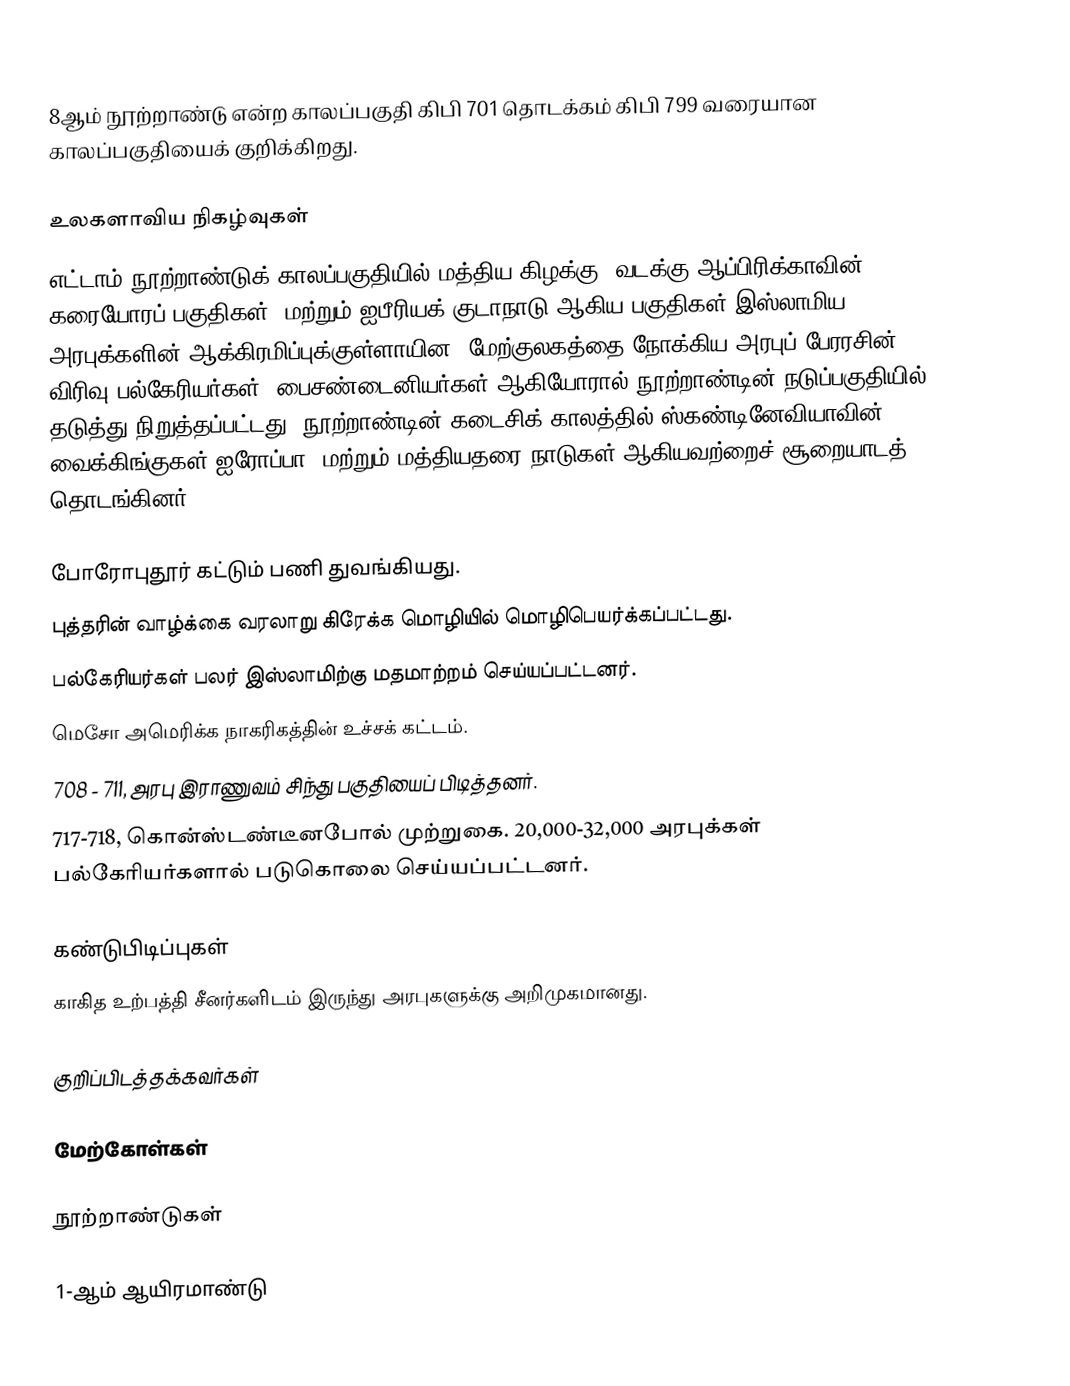
8ஆம் நூற்றாண்டு என்ற காலப்பகுதி கிபி 701 தொடக்கம் கிபி 799 வரையான காலப்பகுதியைக் குறிக்கிறது.

உலகளாவிய நிகழ்வுகள்
எட்டாம் நூற்றாண்டுக் காலப்பகுதியில் மத்திய கிழக்கு, வடக்கு ஆப்பிரிக்காவின் கரையோரப் பகுதிகள், மற்றும் ஐபீரியக் குடாநாடு ஆகிய பகுதிகள் இஸ்லாமிய அரபுக்களின் ஆக்கிரமிப்புக்குள்ளாயின. மேற்குலகத்தை நோக்கிய அரபுப் பேரரசின் விரிவு பல்கேரியர்கள், பைசண்டைனியர்கள் ஆகியோரால் நூற்றாண்டின் நடுப்பகுதியில் தடுத்து நிறுத்தப்பட்டது. நூற்றாண்டின் கடைசிக் காலத்தில் ஸ்கண்டினேவியாவின் வைக்கிங்குகள் ஐரோப்பா, மற்றும் மத்தியதரை நாடுகள் ஆகியவற்றைச் சூறையாடத் தொடங்கினர்.

 போரோபுதூர் கட்டும் பணி துவங்கியது.
 புத்தரின் வாழ்க்கை வரலாறு கிரேக்க மொழியில் மொழிபெயர்க்கப்பட்டது.
 பல்கேரியர்கள் பலர் இஸ்லாமிற்கு மதமாற்றம் செய்யப்பட்டனர்.
 மெசோ அமெரிக்க நாகரிகத்தின் உச்சக் கட்டம்.
 708 - 711, அரபு இராணுவம் சிந்து பகுதியைப் பிடித்தனர்.
 717-718, கொன்ஸ்டண்டீனபோல் முற்றுகை. 20,000-32,000 அரபுக்கள் பல்கேரியர்களால் படுகொலை செய்யப்பட்டனர்.

கண்டுபிடிப்புகள்
 காகித உற்பத்தி சீனர்களிடம் இருந்து அரபுகளுக்கு அறிமுகமானது.

குறிப்பிடத்தக்கவர்கள்

மேற்கோள்கள்

நூற்றாண்டுகள்

1-ஆம் ஆயிரமாண்டு